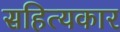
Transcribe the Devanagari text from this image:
सहित्यकार